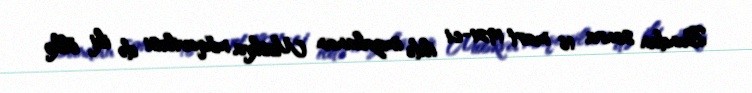
Bundan sonra 16 mart 1921-ci ildə imzalanan Moskva müqaviləsi də iki ölkə